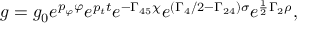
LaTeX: \displaystyle { g = g _ { 0 } e ^ { p _ { \varphi } \varphi } e ^ { p _ { t } t } e ^ { - \Gamma _ { 4 5 } \chi } e ^ { ( \Gamma _ { 4 } / 2 - \Gamma _ { 2 4 } ) \sigma } e ^ { \frac { 1 } { 2 } \Gamma _ { 2 } \rho } } ,